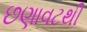
છણાવટથી